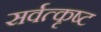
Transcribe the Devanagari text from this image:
सर्वत्कृष्ट